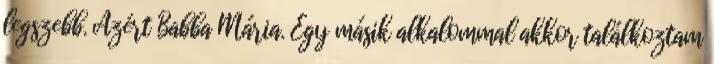
legszebb. Azért Babba Mária. Egy másik alkalommal akkor találkoztam